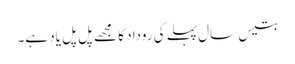
بتیس سال پہلے کی روداد کا مجھے پل پل یاد ہے۔